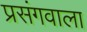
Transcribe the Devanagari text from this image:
प्रसंगवाला